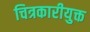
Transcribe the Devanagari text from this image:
चित्रकारीयुक्त